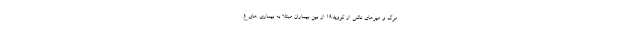
مرگ و میرهای ناشی از کووید۱۹ از بین بیماران مبتلا به بیماری های غ